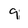
Character: 9